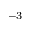
^ { - 3 }